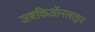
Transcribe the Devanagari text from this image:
जबकिऑनलाइन